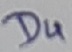
Text: D4